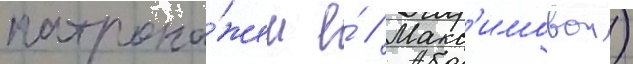
патрона́жем е́ // Макс'имовои)